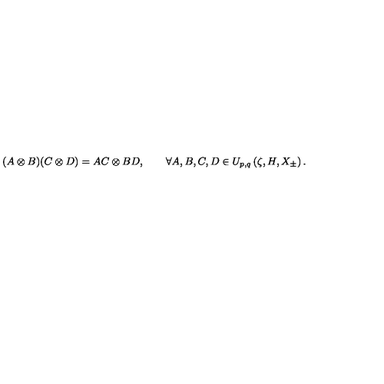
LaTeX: ( A \otimes B ) ( C \otimes D ) = A C \otimes B D , \qquad \forall A , B , C , D \in U _ { p , q } \left( \zeta , H , X _ { \pm } \right) .